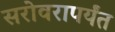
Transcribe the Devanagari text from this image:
सरोवरापर्यंत